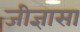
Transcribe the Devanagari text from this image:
जीज्ञासा